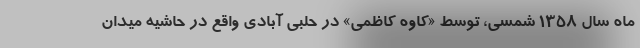
ماه سال 1358 شمسی، توسط «کاوه کاظمی» در حلبی آبادی واقع در حاشیه میدان